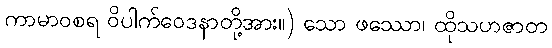
ကာမာဝစရ ဝိပါက်ဝေဒနာတို့အား။) သော ဖဿော၊ ထိုသဟဇာတ